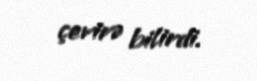
çevirə bilirdi.